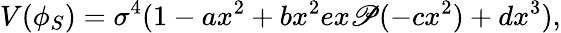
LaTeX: V(\phi_{S})=\sigma^{4}(1-ax^{2}+bx^{2}ex\mathscr{P}(-cx^{2})+dx^{3}),